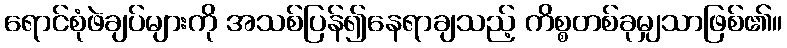
ရောင်စုံဖဲချပ်များကို အသစ်ပြန်၍နေရာချသည့် ကိစ္စတစ်ခုမျှသာဖြစ်၏။